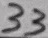
Text: 33